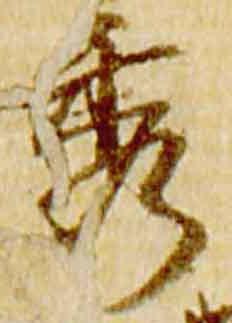
秀